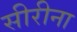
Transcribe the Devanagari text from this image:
सीरीना